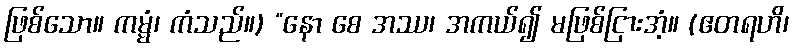
ဖြစ်သော။ ကမ္မံ၊ ကံသည်။) “နော စေ အဿ၊ အကယ်၍ မဖြစ်ငြားအံ့။ (ဧတရဟိ၊